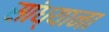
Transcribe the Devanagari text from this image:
सांध्याना